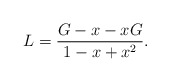
\begin{align*}L = \frac{G - x -x G}{1-x+x^2}.\end{align*}